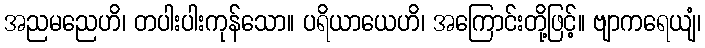
အညမညေဟိ၊ တပါးပါးကုန်သော။ ပရိယာယေဟိ၊ အကြောင်းတို့ဖြင့်။ ဗျာကရေယျံ၊